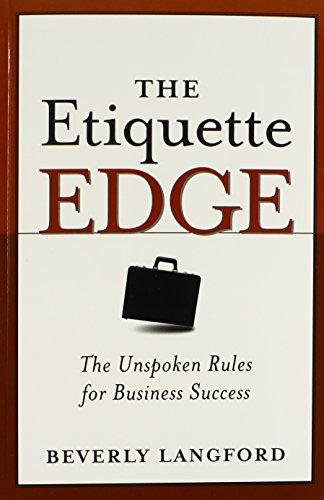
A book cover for The Etiquette Edge: The Unspoken Rules for Business Success; Beverly Langford; Business & Money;